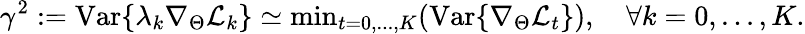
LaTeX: \gamma^{2}:=\mathrm{Var}\{ \lambda_{k}\nabla_{\Theta}\mathcal{L}_{k}\} \simeq\mathrm{min}_{t=0,...,K}(\mathrm{Var}\{ \nabla_{\Theta}\mathcal{L}_{t}\} ),\quad\forall k=0,...,K.